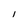
Character: I